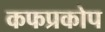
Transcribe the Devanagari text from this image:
कफप्रकोप